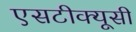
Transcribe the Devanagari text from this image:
एसटीक्यूसी